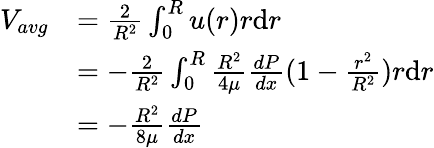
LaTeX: {\begin{array}{rl}{V_{avg}}&{={\frac{2}{R^{2}}}\int_{0}^{R}u(r)r\mathrm{d}r}\\ &{=-{\frac{2}{R^{2}}}\int_{0}^{R}{\frac{R^{2}}{4\mu}}{\frac{dP}{dx}}(1-{\frac{r^{2}}{R^{2}}})r\mathrm{d}r}\\ &{=-{\frac{R^{2}}{8\mu}}{\frac{dP}{dx}}}\end{array}}